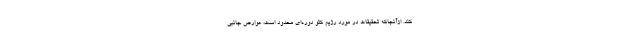
کند. ازآنجاکه تحقیقات در مورد رژیم کتو دوره‌ای محدود است، عوارض جانبی